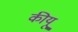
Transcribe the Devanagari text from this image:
कीयू